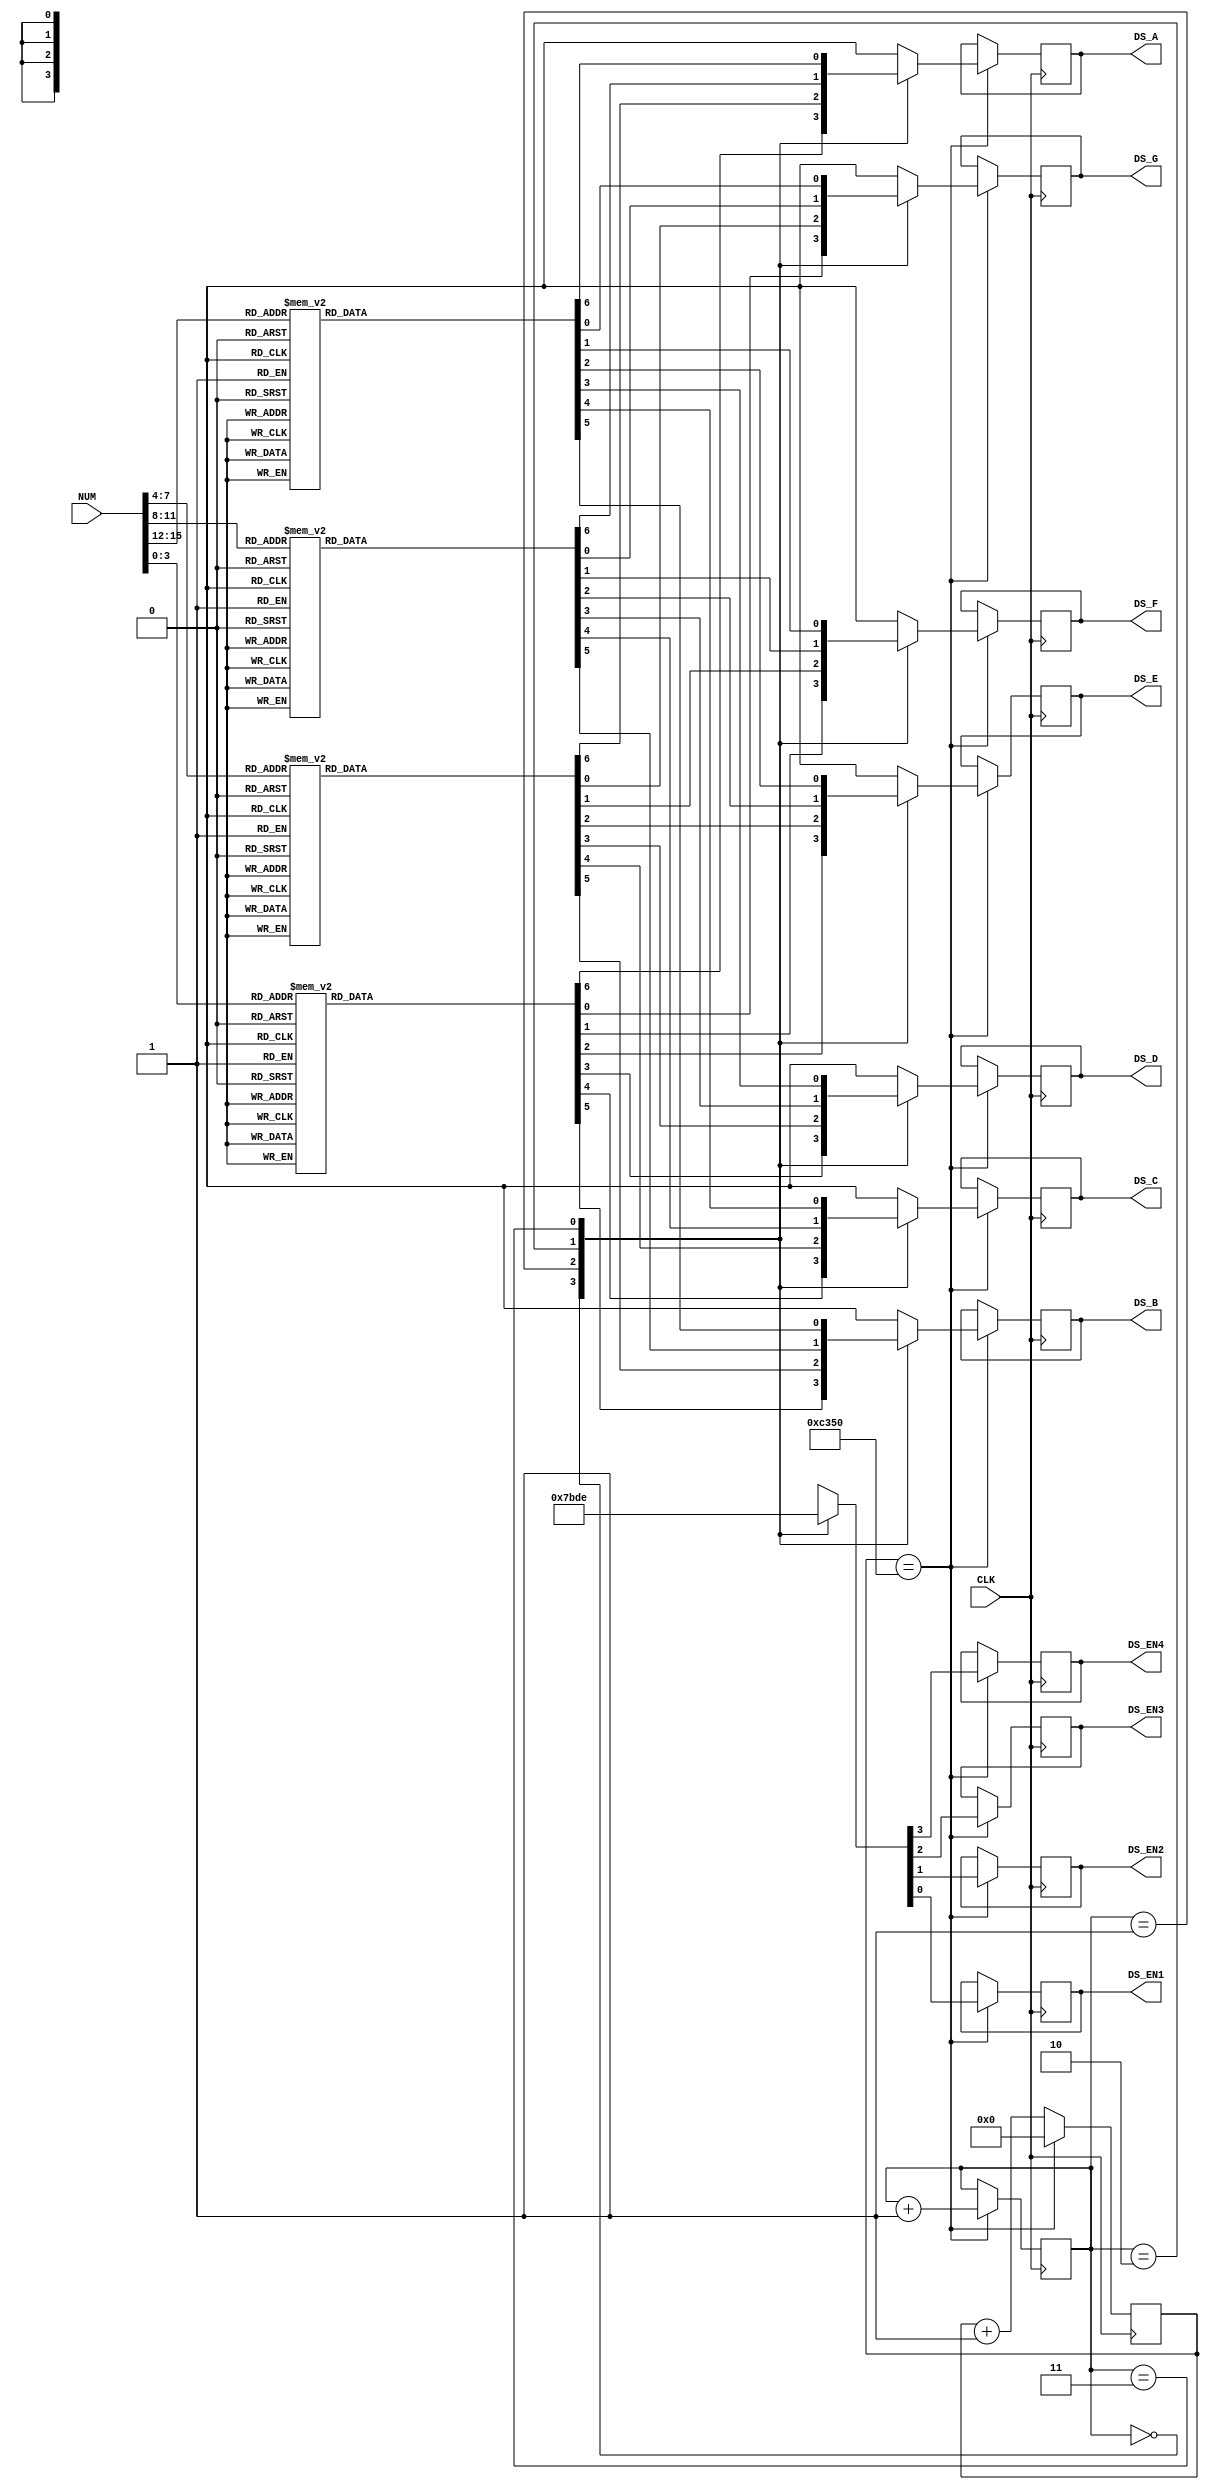
module segment_led
(
    input CLK,
    
    input [15:0]NUM,
    output reg DS_EN1, DS_EN2, DS_EN3, DS_EN4,
    output reg DS_A, DS_B, DS_C, DS_D, DS_E, DS_F, DS_G    
);

reg [1:0] digit_number;
initial digit_number = 2'b00;

reg [15:0] cnt;
initial cnt = 16'b0;

always @(posedge CLK) begin
    if (cnt == 50000) begin
        cnt = 0;
        case (digit_number)
            2'b00: begin
                {DS_EN4, DS_EN3, DS_EN2, DS_EN1} = 4'b0111;
                case (NUM[3:0])
                    4'h0: {DS_A, DS_B, DS_C, DS_D, DS_E, DS_F, DS_G} = 7'b1111110;
                    4'h1: {DS_A, DS_B, DS_C, DS_D, DS_E, DS_F, DS_G} = 7'b0110000;
                    4'h2: {DS_A, DS_B, DS_C, DS_D, DS_E, DS_F, DS_G} = 7'b1101101;
                    4'h3: {DS_A, DS_B, DS_C, DS_D, DS_E, DS_F, DS_G} = 7'b1111001;
                    4'h4: {DS_A, DS_B, DS_C, DS_D, DS_E, DS_F, DS_G} = 7'b0110011;
                    4'h5: {DS_A, DS_B, DS_C, DS_D, DS_E, DS_F, DS_G} = 7'b1011011;
                    4'h6: {DS_A, DS_B, DS_C, DS_D, DS_E, DS_F, DS_G} = 7'b1011111;
                    4'h7: {DS_A, DS_B, DS_C, DS_D, DS_E, DS_F, DS_G} = 7'b1110000;
                    4'h8: {DS_A, DS_B, DS_C, DS_D, DS_E, DS_F, DS_G} = 7'b1111111;
                    4'h9: {DS_A, DS_B, DS_C, DS_D, DS_E, DS_F, DS_G} = 7'b1111011;
                    4'ha: {DS_A, DS_B, DS_C, DS_D, DS_E, DS_F, DS_G} = 7'b1110111;
                    4'hb: {DS_A, DS_B, DS_C, DS_D, DS_E, DS_F, DS_G} = 7'b0011111;
                    4'hc: {DS_A, DS_B, DS_C, DS_D, DS_E, DS_F, DS_G} = 7'b1001110;
                    4'hd: {DS_A, DS_B, DS_C, DS_D, DS_E, DS_F, DS_G} = 7'b1111010;
                    4'he: {DS_A, DS_B, DS_C, DS_D, DS_E, DS_F, DS_G} = 7'b1101111;
                    4'hf: {DS_A, DS_B, DS_C, DS_D, DS_E, DS_F, DS_G} = 7'b1000111;
                endcase
            end
            2'b01: begin
                {DS_EN4, DS_EN3, DS_EN2, DS_EN1} = 4'b1011;
                case (NUM[7:4])
                    4'h0: {DS_A, DS_B, DS_C, DS_D, DS_E, DS_F, DS_G} = 7'b1111110;
                    4'h1: {DS_A, DS_B, DS_C, DS_D, DS_E, DS_F, DS_G} = 7'b0110000;
                    4'h2: {DS_A, DS_B, DS_C, DS_D, DS_E, DS_F, DS_G} = 7'b1101101;
                    4'h3: {DS_A, DS_B, DS_C, DS_D, DS_E, DS_F, DS_G} = 7'b1111001;
                    4'h4: {DS_A, DS_B, DS_C, DS_D, DS_E, DS_F, DS_G} = 7'b0110011;
                    4'h5: {DS_A, DS_B, DS_C, DS_D, DS_E, DS_F, DS_G} = 7'b1011011;
                    4'h6: {DS_A, DS_B, DS_C, DS_D, DS_E, DS_F, DS_G} = 7'b1011111;
                    4'h7: {DS_A, DS_B, DS_C, DS_D, DS_E, DS_F, DS_G} = 7'b1110000;
                    4'h8: {DS_A, DS_B, DS_C, DS_D, DS_E, DS_F, DS_G} = 7'b1111111;
                    4'h9: {DS_A, DS_B, DS_C, DS_D, DS_E, DS_F, DS_G} = 7'b1111011;
                    4'ha: {DS_A, DS_B, DS_C, DS_D, DS_E, DS_F, DS_G} = 7'b1110111;
                    4'hb: {DS_A, DS_B, DS_C, DS_D, DS_E, DS_F, DS_G} = 7'b0011111;
                    4'hc: {DS_A, DS_B, DS_C, DS_D, DS_E, DS_F, DS_G} = 7'b1001110;
                    4'hd: {DS_A, DS_B, DS_C, DS_D, DS_E, DS_F, DS_G} = 7'b1111010;
                    4'he: {DS_A, DS_B, DS_C, DS_D, DS_E, DS_F, DS_G} = 7'b1101111;
                    4'hf: {DS_A, DS_B, DS_C, DS_D, DS_E, DS_F, DS_G} = 7'b1000111;
                endcase
            end
            2'b10: begin
                {DS_EN4, DS_EN3, DS_EN2, DS_EN1} = 4'b1101;
                case (NUM[11:8])
                    4'h0: {DS_A, DS_B, DS_C, DS_D, DS_E, DS_F, DS_G} = 7'b1111110;
                    4'h1: {DS_A, DS_B, DS_C, DS_D, DS_E, DS_F, DS_G} = 7'b0110000;
                    4'h2: {DS_A, DS_B, DS_C, DS_D, DS_E, DS_F, DS_G} = 7'b1101101;
                    4'h3: {DS_A, DS_B, DS_C, DS_D, DS_E, DS_F, DS_G} = 7'b1111001;
                    4'h4: {DS_A, DS_B, DS_C, DS_D, DS_E, DS_F, DS_G} = 7'b0110011;
                    4'h5: {DS_A, DS_B, DS_C, DS_D, DS_E, DS_F, DS_G} = 7'b1011011;
                    4'h6: {DS_A, DS_B, DS_C, DS_D, DS_E, DS_F, DS_G} = 7'b1011111;
                    4'h7: {DS_A, DS_B, DS_C, DS_D, DS_E, DS_F, DS_G} = 7'b1110000;
                    4'h8: {DS_A, DS_B, DS_C, DS_D, DS_E, DS_F, DS_G} = 7'b1111111;
                    4'h9: {DS_A, DS_B, DS_C, DS_D, DS_E, DS_F, DS_G} = 7'b1111011;
                    4'ha: {DS_A, DS_B, DS_C, DS_D, DS_E, DS_F, DS_G} = 7'b1110111;
                    4'hb: {DS_A, DS_B, DS_C, DS_D, DS_E, DS_F, DS_G} = 7'b0011111;
                    4'hc: {DS_A, DS_B, DS_C, DS_D, DS_E, DS_F, DS_G} = 7'b1001110;
                    4'hd: {DS_A, DS_B, DS_C, DS_D, DS_E, DS_F, DS_G} = 7'b1111010;
                    4'he: {DS_A, DS_B, DS_C, DS_D, DS_E, DS_F, DS_G} = 7'b1101111;
                    4'hf: {DS_A, DS_B, DS_C, DS_D, DS_E, DS_F, DS_G} = 7'b1000111;
                endcase
            end
            2'b11: begin
                {DS_EN4, DS_EN3, DS_EN2, DS_EN1} = 4'b1110;
                case (NUM[15:12])
                    4'h0: {DS_A, DS_B, DS_C, DS_D, DS_E, DS_F, DS_G} = 7'b1111110;
                    4'h1: {DS_A, DS_B, DS_C, DS_D, DS_E, DS_F, DS_G} = 7'b0110000;
                    4'h2: {DS_A, DS_B, DS_C, DS_D, DS_E, DS_F, DS_G} = 7'b1101101;
                    4'h3: {DS_A, DS_B, DS_C, DS_D, DS_E, DS_F, DS_G} = 7'b1111001;
                    4'h4: {DS_A, DS_B, DS_C, DS_D, DS_E, DS_F, DS_G} = 7'b0110011;
                    4'h5: {DS_A, DS_B, DS_C, DS_D, DS_E, DS_F, DS_G} = 7'b1011011;
                    4'h6: {DS_A, DS_B, DS_C, DS_D, DS_E, DS_F, DS_G} = 7'b1011111;
                    4'h7: {DS_A, DS_B, DS_C, DS_D, DS_E, DS_F, DS_G} = 7'b1110000;
                    4'h8: {DS_A, DS_B, DS_C, DS_D, DS_E, DS_F, DS_G} = 7'b1111111;
                    4'h9: {DS_A, DS_B, DS_C, DS_D, DS_E, DS_F, DS_G} = 7'b1111011;
                    4'ha: {DS_A, DS_B, DS_C, DS_D, DS_E, DS_F, DS_G} = 7'b1110111;
                    4'hb: {DS_A, DS_B, DS_C, DS_D, DS_E, DS_F, DS_G} = 7'b0011111;
                    4'hc: {DS_A, DS_B, DS_C, DS_D, DS_E, DS_F, DS_G} = 7'b1001110;
                    4'hd: {DS_A, DS_B, DS_C, DS_D, DS_E, DS_F, DS_G} = 7'b1111010;
                    4'he: {DS_A, DS_B, DS_C, DS_D, DS_E, DS_F, DS_G} = 7'b1101111;
                    4'hf: {DS_A, DS_B, DS_C, DS_D, DS_E, DS_F, DS_G} = 7'b1000111;
                endcase
            end
        endcase
    digit_number = digit_number + 2'b01;
    end
    else begin
        cnt = cnt + 16'b1;
    end
end

endmodule